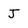
Character: J